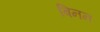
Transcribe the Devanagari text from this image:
बिनन